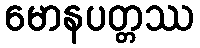
မောနပတ္တဿ